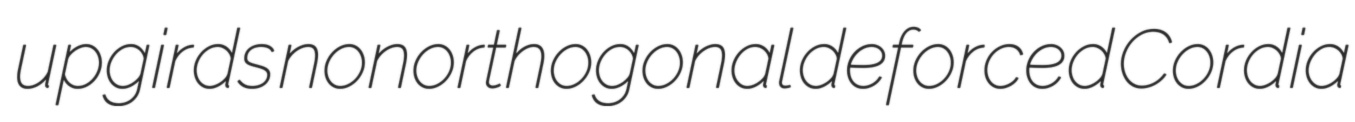
upgirds nonorthogonal deforced Cordia